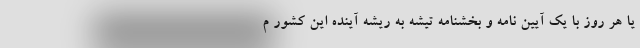
یا هر روز با یک آیین نامه و بخشنامه تیشه به ریشه آینده این کشور م